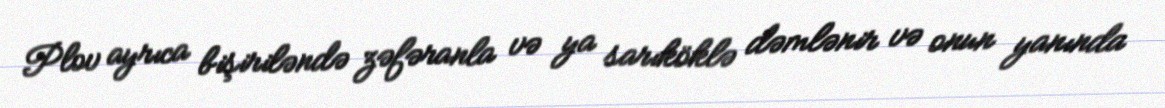
Plov ayrıca bişiriləndə zəfəranla və ya sarıköklə dəmlənir və onun yanında